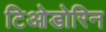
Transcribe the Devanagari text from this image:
टिओडोरिन